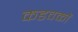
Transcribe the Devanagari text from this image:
कडवकों